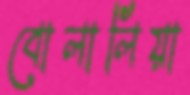
বোলালিয়া